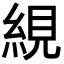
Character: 絸